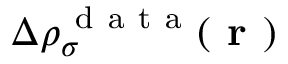
\Delta \rho _ { \sigma } ^ { \mathrm { ~ d ~ a ~ t ~ a ~ } } ( \boldsymbol { \textbf { r } } )